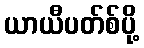
ယာယီပတ်စ်ပို့